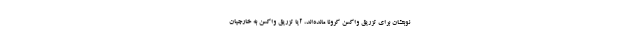
نوبتشان برای تزریق واکسن کرونا مانده‌اند، آیا تزریق واکسن به خارجیان